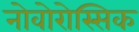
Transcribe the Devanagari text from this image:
नोवोरोस्सिक